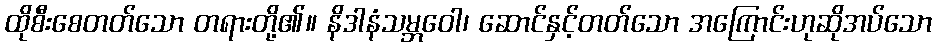
ထိုစီးစေတတ်သော တရားတို့၏။ နိဒါနံသမ္ဘဝေါ၊ ဆောင်နှင့်တတ်သော အကြောင်းဟုဆိုအပ်သော